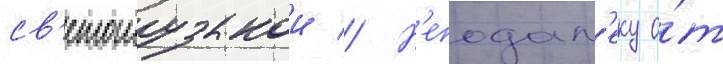
св'етомузыкои // Н'еподал'еку о́т